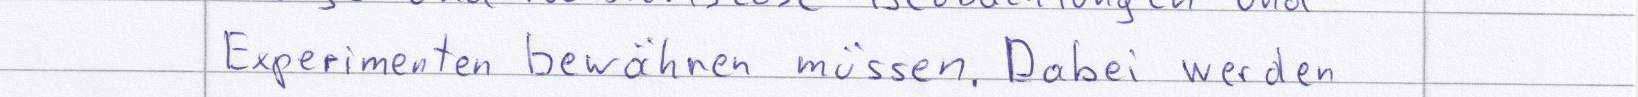
Experimenten bewähren müssen. Dabei werden